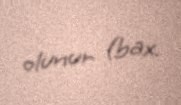
olunur (bax.